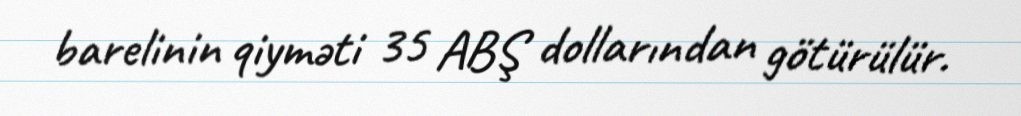
barelinin qiyməti 35 ABŞ dollarından götürülür.